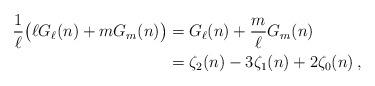
LaTeX: \begin{align*}\frac{1}{\ell}\big(\ell G_\ell(n)+ m G_m(n)\big)&=G_\ell(n)+\frac{m}{\ell}G_m(n)\\&=\zeta_2(n)-3\zeta_1(n)+2\zeta_0(n)\,,\end{align*}